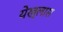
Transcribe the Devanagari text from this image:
येख्लास